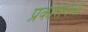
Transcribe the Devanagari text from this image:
प्रकाशनची